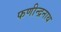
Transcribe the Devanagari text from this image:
फणीन्द्रनाथ